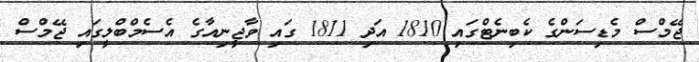
ޖޭމްސް މެޑިސަންގެ ކެބިނެޓްގައި 1810 އަދި 1811 ގައި ވާޖީނިއާގެ އެސެމްބްލީގައި ޖޭމްސް